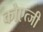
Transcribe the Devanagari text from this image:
कोएत्जी